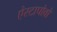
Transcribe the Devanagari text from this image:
ऐस्टापोवो